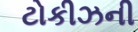
ટોકીઝની